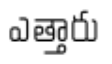
ఎత్తారు